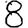
Digit: 8